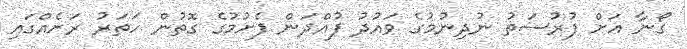
ގޯނާ އަށް ފުރުސަތު ނުދިނުމުގެ ވައުދު ފުއްދަން ފެށުމުގެ ގޮތުން ހަތަރު ރަށެއްގައި